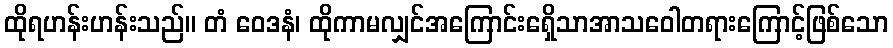
ထိုရဟန်းဟန်းသည်။ တံ ဝေဒနံ၊ ထိုကာမလျှင်အကြောင်းရှေိသာအာသဝေါတရားကြောင့်ဖြစ်သော